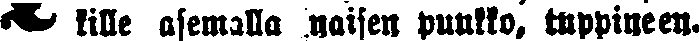
# kille asemilla naisen puukko, tuppineen.